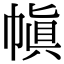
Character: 𫷊